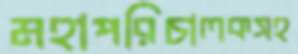
মহাপরিচালকসহ